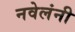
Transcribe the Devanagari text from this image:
नवेलंनी